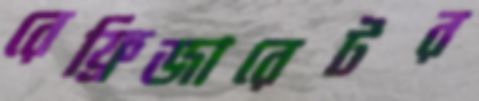
রেফ্রিজারেটর